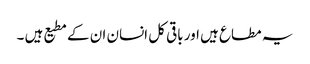
یہ مطاع ہیں اور باقی کل انسان ان کے مطیع ہیں ۔